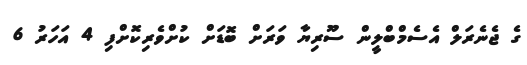
ގެ ޖެނެރަލް އެސެމްބްލީން ސޫރިޔާ ވަރަށް ބޮޑަށް ކުށްވެރިކޮށްފި 4 އަހަރު 6